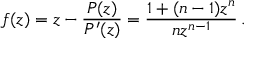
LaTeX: f ( z ) = z - { \frac { P ( z ) } { P ^ { \prime } ( z ) } } = { \frac { 1 + ( n - 1 ) z ^ { n } } { n z ^ { n - 1 } } } \, .